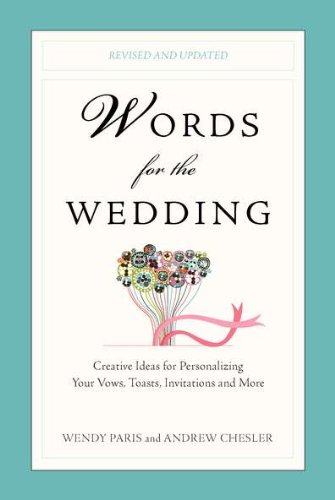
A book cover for Words for the Wedding: Creative Ideas for Personalizing Your Vows, Toasts, Invitations, and More; Wendy Paris; Crafts, Hobbies & Home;